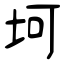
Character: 坷